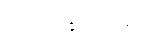
ဥပေက္ခာ ၂-မျိုး။